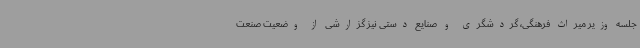
جلسه وزیر میراث فرهنگی، گردشگری و صنایع دستی نیز گزارشی از وضعیت صنعت